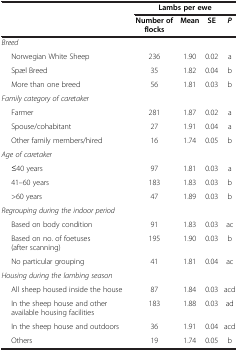
<table><thead><tr><td rowspan="2"><b> </b></td><td colspan="4"><b>Lambs per ewe</b></td></tr><tr><td><b>Number of flocks</b></td><td><b>Mean</b></td><td><b>SE</b></td><td><b><i>P</i></b></td></tr></thead><tbody><tr><td><i>Breed</i></td><td> </td><td> </td><td> </td><td> </td></tr><tr><td>Norwegian White Sheep</td><td>236</td><td>1.90</td><td>0.02</td><td>a</td></tr><tr><td>Spæl Breed</td><td>35</td><td>1.82</td><td>0.04</td><td>b</td></tr><tr><td>More than one breed</td><td>56</td><td>1.81</td><td>0.03</td><td>b</td></tr><tr><td><i>Family category of caretaker</i></td><td> </td><td> </td><td> </td><td> </td></tr><tr><td>Farmer</td><td>281</td><td>1.87</td><td>0.02</td><td>a</td></tr><tr><td>Spouse/cohabitant</td><td>27</td><td>1.91</td><td>0.04</td><td>a</td></tr><tr><td>Other family members/hired</td><td>16</td><td>1.74</td><td>0.05</td><td>b</td></tr><tr><td><i>Age of caretaker</i></td><td> </td><td> </td><td> </td><td> </td></tr><tr><td>≤40 years</td><td>97</td><td>1.81</td><td>0.03</td><td>a</td></tr><tr><td>41–60 years</td><td>183</td><td>1.83</td><td>0.03</td><td>b</td></tr><tr><td>&gt;60 years</td><td>47</td><td>1.89</td><td>0.03</td><td>b</td></tr><tr><td><i>Regrouping during the indoor period</i></td><td> </td><td> </td><td> </td><td> </td></tr><tr><td>Based on body condition</td><td>91</td><td>1.83</td><td>0.03</td><td>ac</td></tr><tr><td>Based on no. of foetuses (after scanning)</td><td>195</td><td>1.90</td><td>0.03</td><td>b</td></tr><tr><td>No particular grouping</td><td>41</td><td>1.81</td><td>0.04</td><td>ac</td></tr><tr><td><i>Housing during the lambing season</i></td><td> </td><td> </td><td> </td><td> </td></tr><tr><td>All sheep housed inside the house</td><td>87</td><td>1.84</td><td>0.03</td><td>acd</td></tr><tr><td>In the sheep house and other available housing facilities</td><td>183</td><td>1.88</td><td>0.03</td><td>ad</td></tr><tr><td>In the sheep house and outdoors</td><td>36</td><td>1.91</td><td>0.04</td><td>acd</td></tr><tr><td>Others</td><td>19</td><td>1.74</td><td>0.05</td><td>b</td></tr></tbody></table>